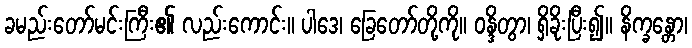
ခမည်းတော်မင်းကြီး၏ လည်းကောင်း။ ပါဒေ၊ ခြေတော်တို့ကို။ ဝန္ဒိတွာ၊ ရှိခိုးပြီး၍။ နိက္ခန္တော၊